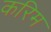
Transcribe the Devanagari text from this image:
करिम